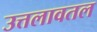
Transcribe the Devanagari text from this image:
उत्तलावतल